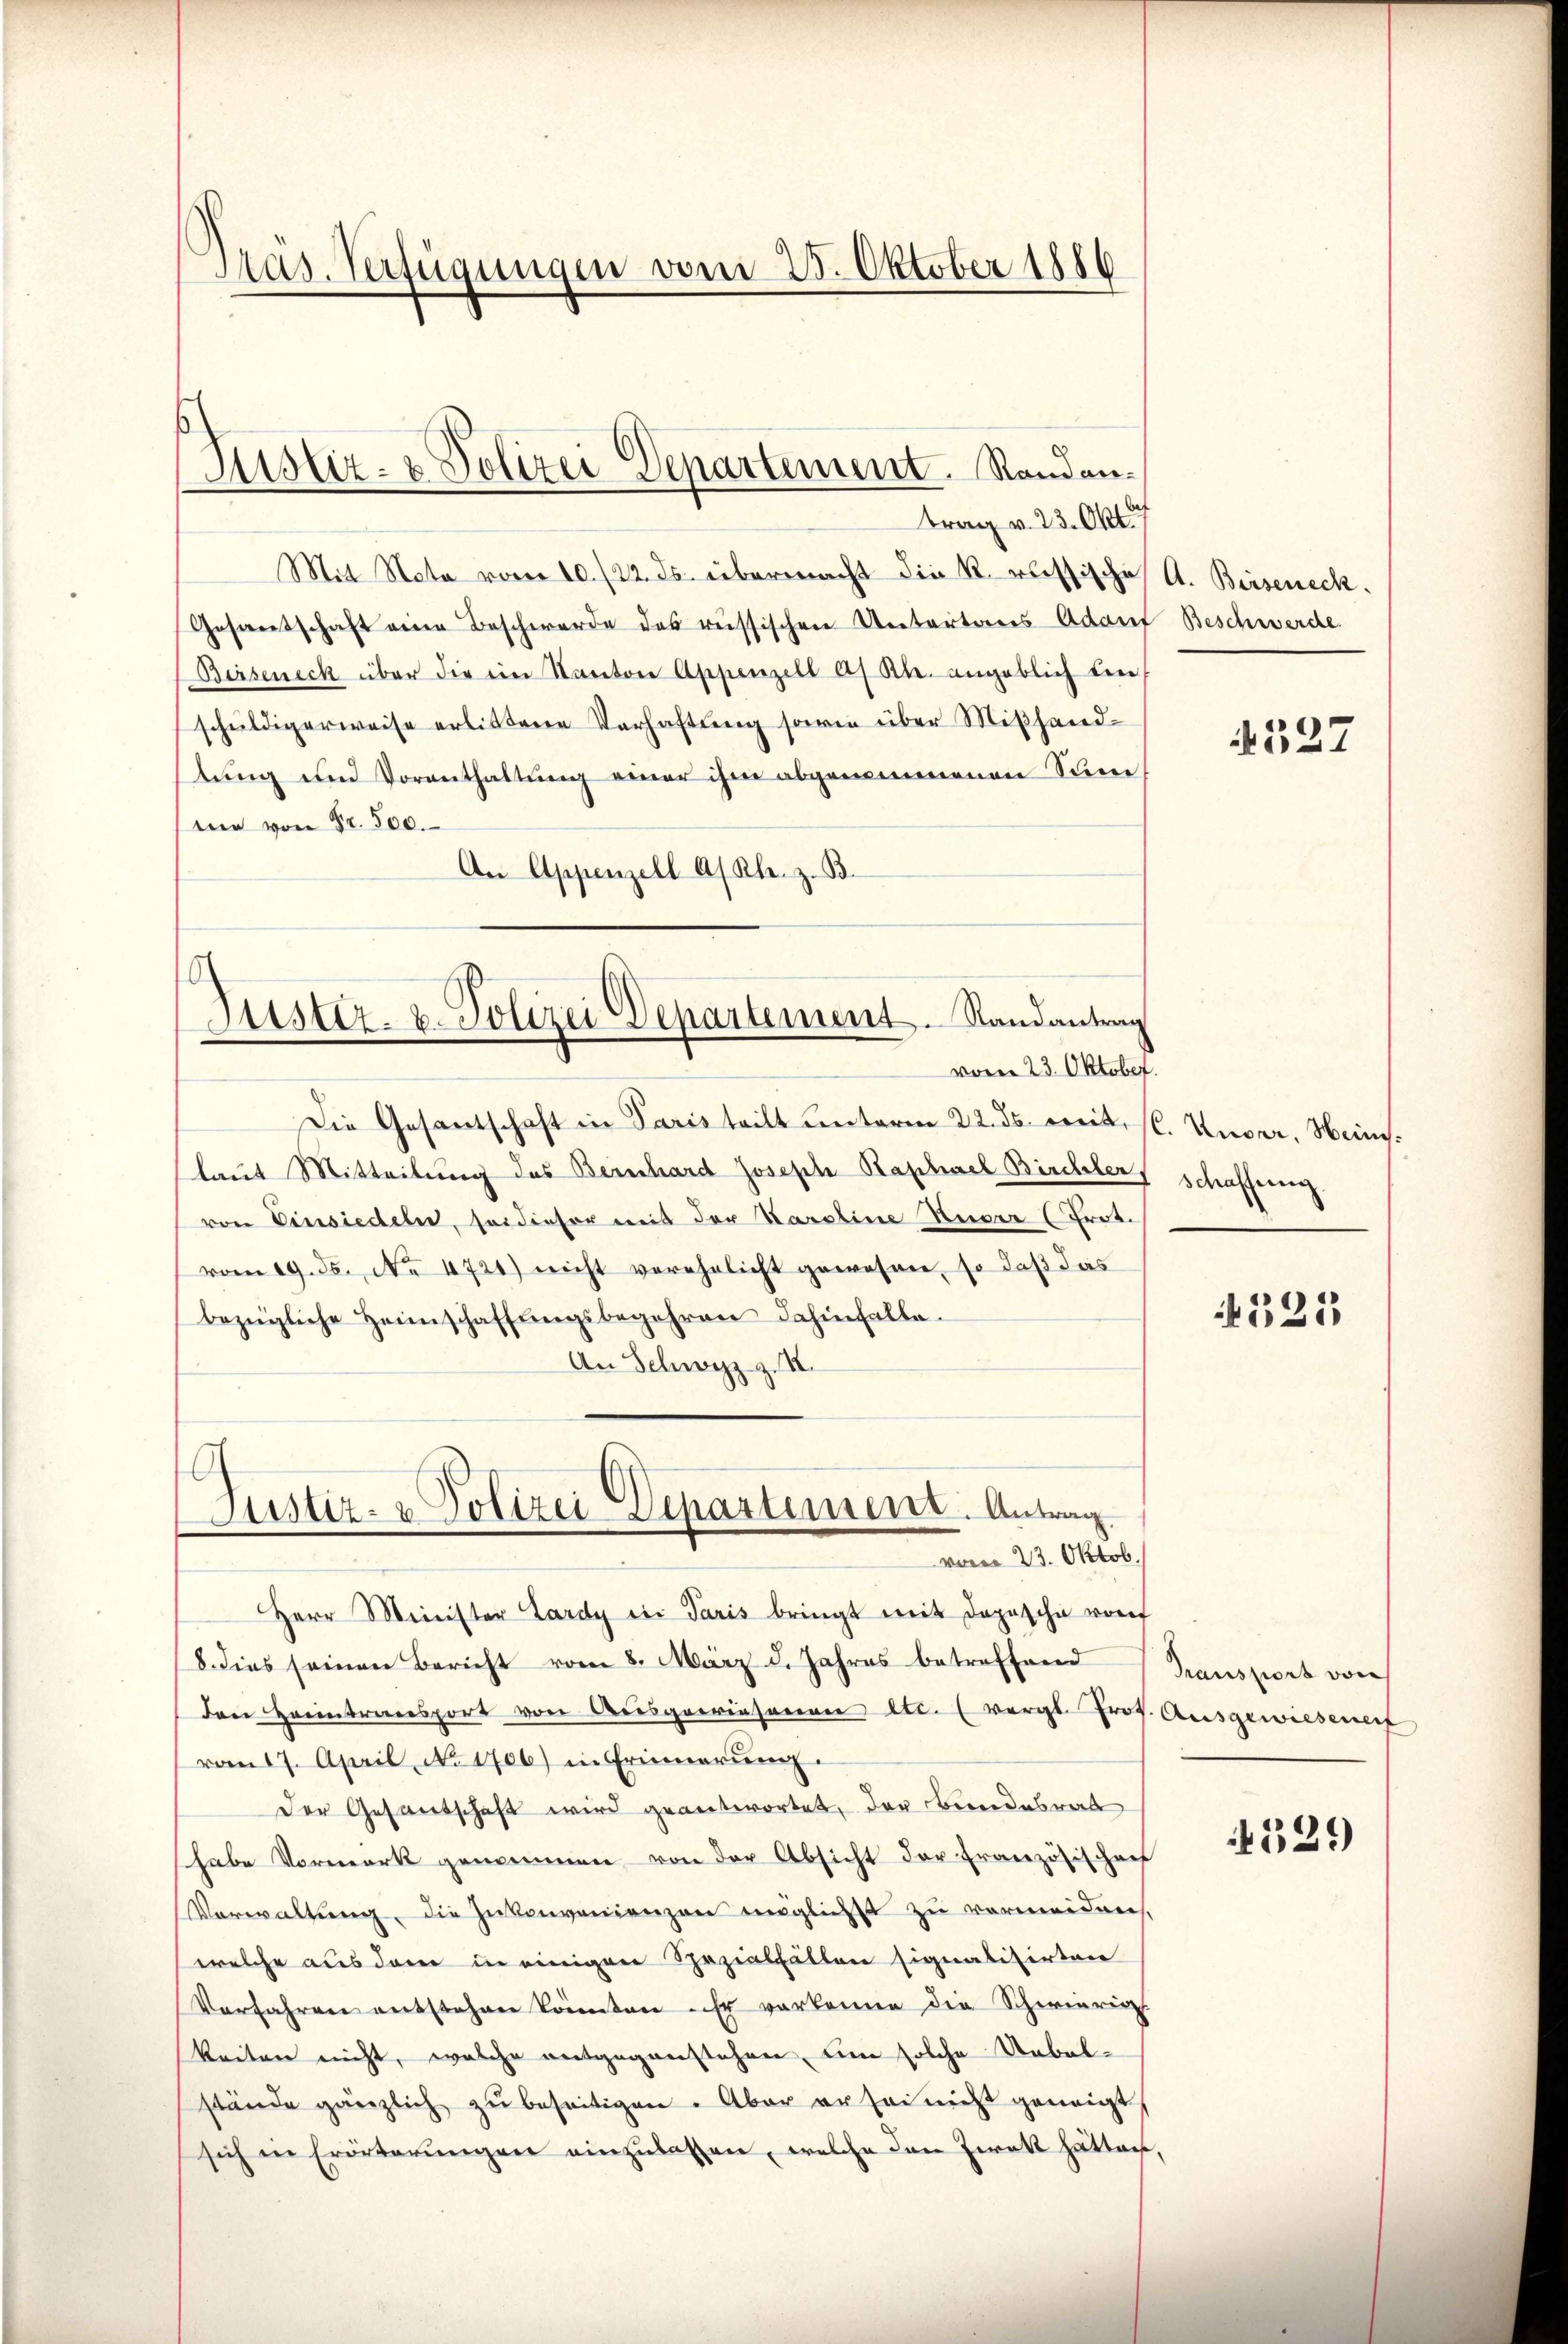
Präs. Verfügungen vom 25. Oktober 1886

Justiz- & Polizei Departement. Randantrag v. 23. Okt. 7

Jüster- u. Polizei Departement. Randantrag
vom 23. Oktober.

Mit Nota vom 10./22. ds. übermacht die k. russische
Gesandschaft eine Beschwerde des russischen Untertanes Adam Beschwerde
Birsenick über die ein Kanton Appenzell A. Rh. angeblich den
schuldigerweise erlittene Verhaftung sowie über Mißhand-
stung und Vorenthaltung einer ihm abgenommenen Sinne
me von Fr. 500.
An Appenzell A/Rh. z. B.
Die Gesantschaft in Paris teilt unterm 22. ds. mit, s. Under, Weinslaut Mitteilung des Beinhard Joseph Raphael Birchlers schaffnung.
von Einsiedeln, so dieser mit der Karoline Kuger (Prot.
vom 19. ds. No. 4721) nicht verehelicht gewesen, so daß das
bezügliche Heimschaffŭngsbegehren dahinfalle.
An Schwyz z. II.
Justiz- & Polizei Departement. Antrag.
vom 23. Oktob.
Herr Minister Lardy ein Paris bringt mit Depesche von
8. dies seinen Bericht vom 8. März d. Jahres betreffend
Den Heimtransport von Ausgeriesenen etc. (vergl. Prof. Ausgewiesener
vom 17. April No 1706) in Erinnerŭng.
Der Gesandschaft wird geantwortet, der Bundesrat
habe Vormerk genommen von der Absicht der Französischenf
Verwaltung, die Inkonvenienzen möglichst zu vermeiden.
welche aus dem in einigen Spezialfällen signalisirten
Vorfahren entstehen könnten. Er verkenne die Schwierig
keiten nicht, welche entgegenstehen, um solche Uebelstände gänzlich zu beseitigen. Aber er sei nicht geneigt,
sich in Erörterungen einzulassen, welche den Zweck hätten,

A. Beiseneck.

527

525

Transport von

329